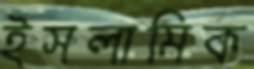
ইসলামিক